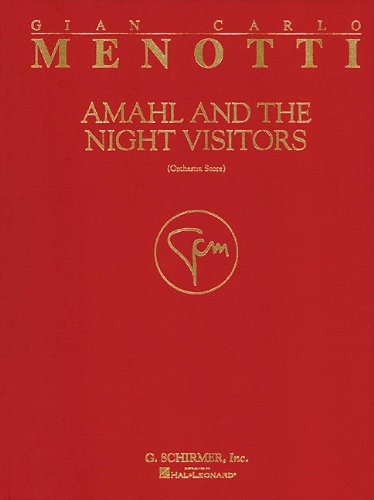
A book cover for Amahl and the Night Visitors: Full Score; Literature & Fiction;